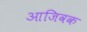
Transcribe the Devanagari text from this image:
आजिवक